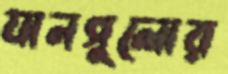
যানগুলোর